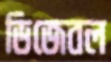
ডিজেবল